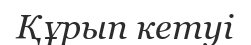
Құрып кетуі